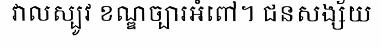
វាលស្បូវ ខណ្ឌច្បារអំពៅ។ ជនសង្ស័យ